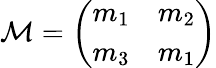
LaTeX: {\cal M}=\left(\begin{array}{cc}{{m_{1}}}&{{m_{2}}}\\ {{m_{3}}}&{{m_{1}}}\end{array}\right)